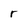
Character: r